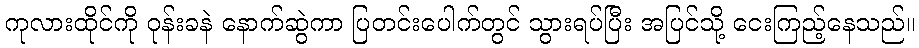
ကုလားထိုင်ကို ဝုန်းခနဲ နောက်ဆွဲကာ ပြတင်းပေါက်တွင် သွားရပ်ပြီး အပြင်သို့ ငေးကြည့်နေသည်။